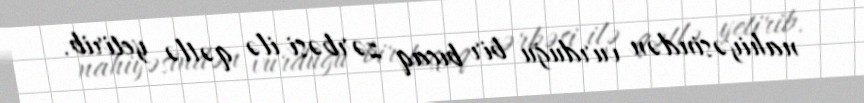
nahiyəsindən vurduğu bir bıçaq zərbəsi ilə qətlə yetirib.